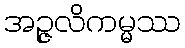
အဉ္ဇလိကမ္မဿ